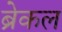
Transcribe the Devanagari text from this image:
ब्रेकल